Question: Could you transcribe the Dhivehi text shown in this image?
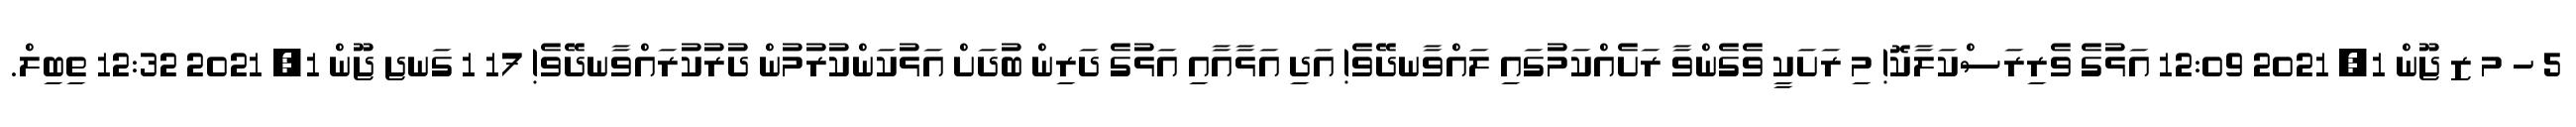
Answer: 5 ހ މ ޒ ޖޫން 1, 2021 12:09 އަޅުގެ ވެރިރަސްކަލާކޮ! މި ރަށަކީ ވެގެންވާ ރަށެއްކަމުގައި ލައްވާނދޭވެ! އަދި އަޅާއާއި އަޅުގެ ދަރިން ބުދަށް އަޅުކަންކުރުމުން ދުރުކުރައްވާނދޭވެ! 17 1 ގަނޖ ޖޫން 1, 2021 12:32 ތިބިލް.